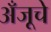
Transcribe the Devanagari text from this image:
अँजूचे